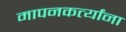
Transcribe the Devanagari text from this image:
मापनकर्त्यांना